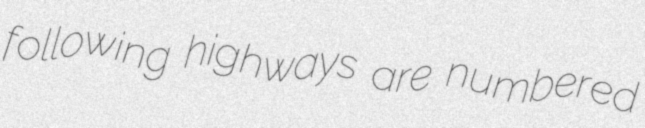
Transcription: following highways are numbered